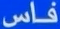
فاس